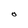
Character: O